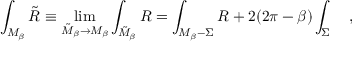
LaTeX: \int _ { { \cal M } _ { \beta } } { \tilde { R } } \equiv \operatorname * { l i m } _ { { \tilde { \cal M } } _ { \beta } \rightarrow { \cal M } _ { \beta } } \int _ { { \tilde { \cal M } } _ { \beta } } R = \int _ { { \cal M } _ { \beta } - \Sigma } R + 2 ( 2 \pi - \beta ) \int _ { \Sigma } ~ ~ ~ ,